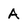
Character: A